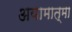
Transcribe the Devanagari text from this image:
अयामात्मा